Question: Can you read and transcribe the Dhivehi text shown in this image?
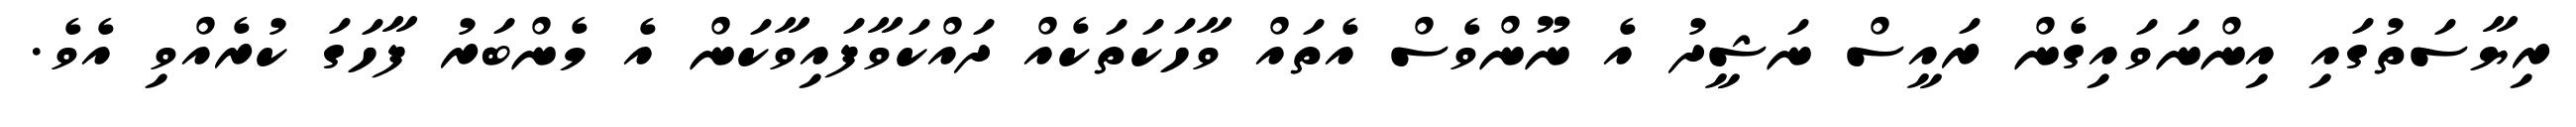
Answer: ރިޔާސަތުގައި އިންނަވައިގެން ރައީސް ނަޝީދު އެ ނޫންވެސް އެތައް ވާހަކަތަކެއް ދައްކަވާފައިވާކަން އެ މެންބަރު ފާހަގަ ކުރެއްވި އެވެ.